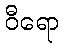
ဝီရော